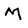
Character: M